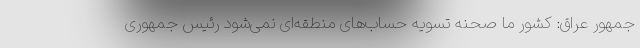
جمهور عراق: کشور ما صحنه تسویه حساب‌های منطقه‌ای نمی‌شود رئیس جمهوری